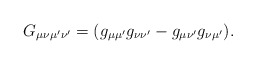
\begin{align*}G_{\mu\nu\mu'\nu'}=(g_{\mu\mu'}g_{\nu\nu'}-g_{\mu\nu'}g_{\nu\mu'}).\end{align*}